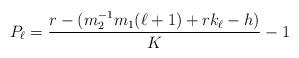
LaTeX: \begin{align*}P_\ell=\frac{r-(m_2^{-1}m_1(\ell+1)+rk_\ell-h)}{K}-1\end{align*}